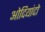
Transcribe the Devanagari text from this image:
ओदियांदो